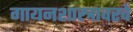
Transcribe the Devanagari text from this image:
गायनशास्त्रावरचे